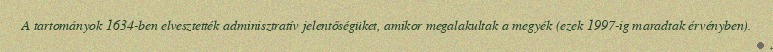
A tartományok 1634-ben elvesztették adminisztratív jelentőségüket, amikor megalakultak a megyék (ezek 1997-ig maradtak érvényben).